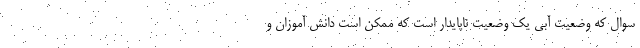
سوال که وضعیت آبی یک وضعیت ناپایدار است که ممکن است دانش آموزان و